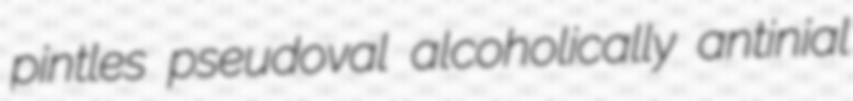
pintles pseudoval alcoholically antinial